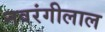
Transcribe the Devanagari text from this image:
नवरंगीलाल